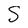
Character: S